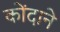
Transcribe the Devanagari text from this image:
कोंदाने